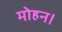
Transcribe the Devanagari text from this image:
मोहन।